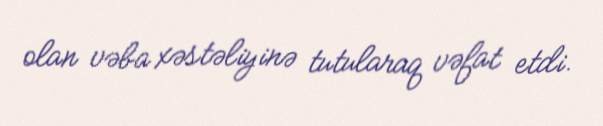
olan vəba xəstəliyinə tutularaq vəfat etdi.